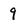
Character: 9